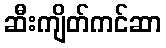
ဆီးကျိတ်ကင်ဆာ